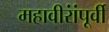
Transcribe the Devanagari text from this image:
महावीरांंपूर्वी